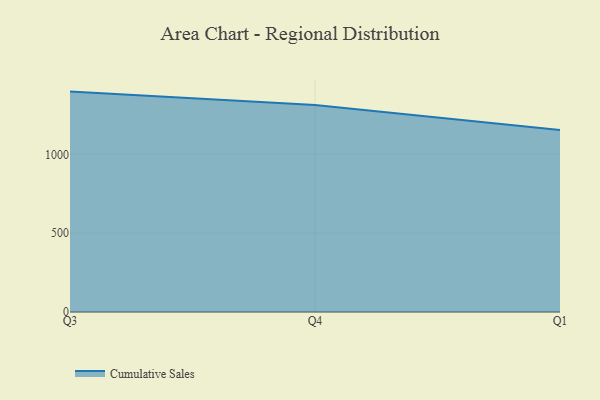
{"axis": {"x": "Quarter", "y": "Gross Profit (USD K)"}, "legend": ["Cumulative Sales"], "data": [{"x": "Q3", "y": 1397.9, "type": "Cumulative Sales"}, {"x": "Q4", "y": 1313.4, "type": "Cumulative Sales"}, {"x": "Q1", "y": 1154.8, "type": "Cumulative Sales"}]}